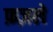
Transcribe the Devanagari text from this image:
फ़ज़ले